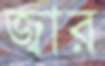
জ্বার